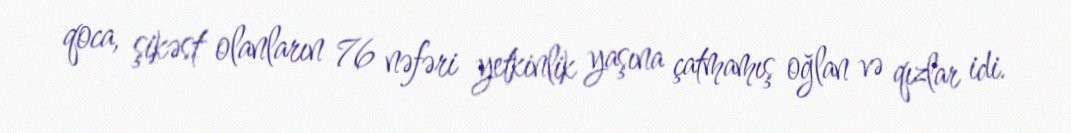
qoca, şikəst olanların 76 nəfəri yetkinlik yaşına çatmamış oğlan və qızlar idi.